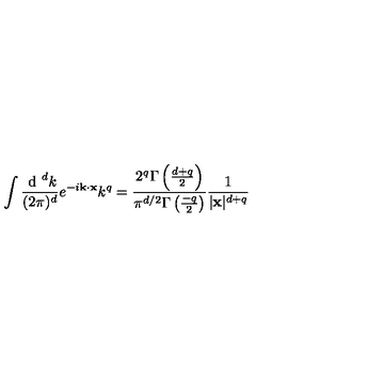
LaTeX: \int \frac { \textup { d } ^ { d } k } { ( 2 \pi ) ^ { d } } e ^ { - i { \bf k } \cdot { \bf x } } k ^ { q } = \frac { 2 ^ { q } \Gamma \left( \frac { d + q } { 2 } \right) } { \pi ^ { d / 2 } \Gamma \left( \frac { - q } { 2 } \right) } \frac { 1 } { | { \bf x } | ^ { d + q } }